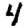
Digit: 4